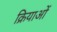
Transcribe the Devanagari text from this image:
क्रियाआें